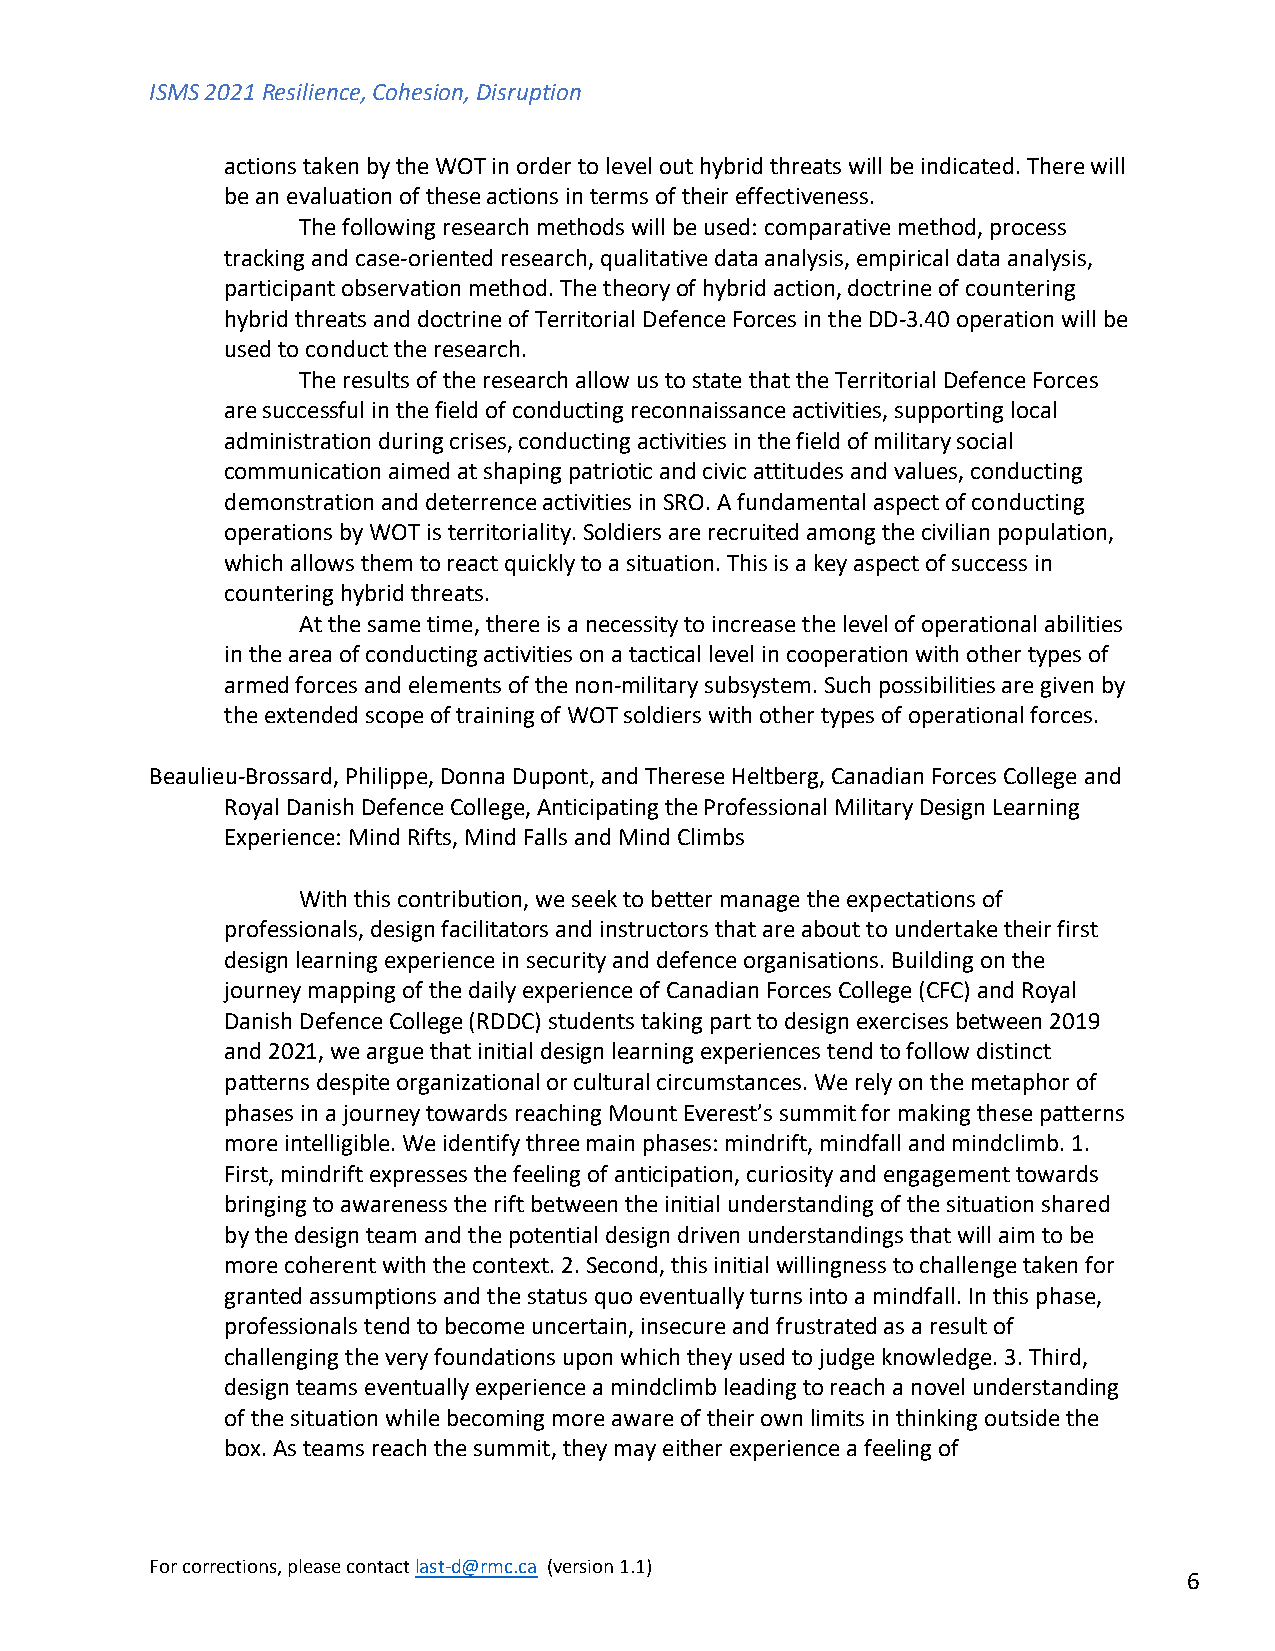
ISMS 2021 Resilience, Cohesion, Disruption
 actions taken by the WOT in order to level out hybrid threats will be indicated. There will
 be an evaluation of these actions in terms of their effectiveness.
 The following research methods will be used: comparative method, process
 tracking and case-oriented research, qualitative data analysis, empirical data analysis,
 participant observation method. The theory of hybrid action, doctrine of countering
 hybrid threats and doctrine of Territorial Defence Forces in the DD-3.40 operation will be
 used to conduct the research.
 The results of the research allow us to state that the Territorial Defence Forces
 are successful in the field of conducting reconnaissance activities, supporting local
 administration during crises, conducting activities in the field of military social
 communication aimed at shaping patriotic and civic attitudes and values, conducting
 demonstration and deterrence activities in SRO. A fundamental aspect of conducting
 operations by WOT is territoriality. Soldiers are recruited among the civilian population,
 which allows them to react quickly to a situation. This is a key aspect of success in
 countering hybrid threats.
 At the same time, there is a necessity to increase the level of operational abilities
 in the area of conducting activities on a tactical level in cooperation with other types of
 armed forces and elements of the non-military subsystem. Such possibilities are given by
 the extended scope of training of WOT soldiers with other types of operational forces.
 Beaulieu-Brossard, Philippe, Donna Dupont, and Therese Heltberg, Canadian Forces College and
 Royal Danish Defence College, Anticipating the Professional Military Design Learning
 Experience: Mind Rifts, Mind Falls and Mind Climbs
 With this contribution, we seek to better manage the expectations of
 professionals, design facilitators and instructors that are about to undertake their first
 design learning experience in security and defence organisations. Building on the
 journey mapping of the daily experience of Canadian Forces College (CFC) and Royal
 Danish Defence College (RDDC) students taking part to design exercises between 2019
 and 2021, we argue that initial design learning experiences tend to follow distinct
 patterns despite organizational or cultural circumstances. We rely on the metaphor of
 phases in a journey towards reaching Mount Everest’s summit for making these patterns
 more intelligible. We identify three main phases: mindrift, mindfall and mindclimb. 1.
 First, mindrift expresses the feeling of anticipation, curiosity and engagement towards
 bringing to awareness the rift between the initial understanding of the situation shared
 by the design team and the potential design driven understandings that will aim to be
 more coherent with the context. 2. Second, this initial willingness to challenge taken for
 granted assumptions and the status quo eventually turns into a mindfall. In this phase,
 professionals tend to become uncertain, insecure and frustrated as a result of
 challenging the very foundations upon which they used to judge knowledge. 3. Third,
 design teams eventually experience a mindclimb leading to reach a novel understanding
 of the situation while becoming more aware of their own limits in thinking outside the
 box. As teams reach the summit, they may either experience a feeling of
 For corrections, please contact last-d@rmc.ca (version 1.1)
 6